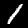
Label: 1